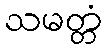
သမတ္တံ